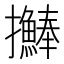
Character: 𢺒